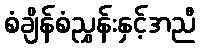
စံချိန်စံညွှန်းနှင့်အညီ